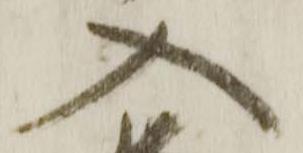
入